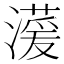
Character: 𪷠